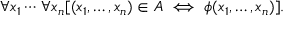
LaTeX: \forall x _ { 1 } \cdots \, \forall x _ { n } [ ( x _ { 1 } , \ldots , x _ { n } ) \in A \iff \phi ( x _ { 1 } , \ldots , x _ { n } ) ] .